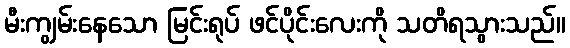
မီးကျွမ်းနေသော မြင်းရုပ် ဖင်ပိုင်းလေးကို သတိရသွားသည်။